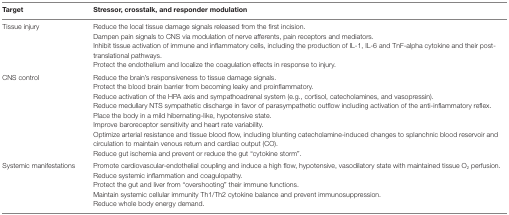
<table><thead><tr><td><b>Target</b></td><td><b>Stressor, crosstalk, and responder modulation</b></td></tr></thead><tbody><tr><td>Tissue injury</td><td>Reduce the local tissue damage signals released from the first incision.Dampen pain signals to CNS via modulation of nerve afferents, pain receptors and mediators.Inhibit tissue activation of immune and inflammatory cells, including the production of IL-1, IL-6 and TnF-alpha cytokine and their post-translational pathways.Protect the endothelium and localize the coagulation effects in response to injury.</td></tr><tr><td>CNS control</td><td>Reduce the brain’s responsiveness to tissue damage signals.Protect the blood brain barrier from becoming leaky and proinflammatory.Reduce activation of the HPA axis and sympathoadrenal system (e.g., cortisol, catecholamines, and vasopressin).Reduce medullary NTS sympathetic discharge in favor of parasympathetic outflow including activation of the anti-inflammatory reflex.Place the body in a mild hibernating-like, hypotensive state.Improve baroreceptor sensitivity and heart rate variability.Optimize arterial resistance and tissue blood flow, including blunting catecholamine-induced changes to splanchnic blood reservoir and circulation to maintain venous return and cardiac output (CO).Reduce gut ischemia and prevent or reduce the gut “cytokine storm”.</td></tr><tr><td>Systemic manifestations</td><td>Promote cardiovascular-endothelial coupling and induce a high flow, hypotensive, vasodilatory state with maintained tissue O<sub>2</sub> perfusion.Reduce systemic inflammation and coagulopathy.Protect the gut and liver from “overshooting” their immune functions.Maintain systemic cellular immunity Th1/Th2 cytokine balance and prevent immunosuppression.Reduce whole body energy demand.</td></tr></tbody></table>